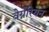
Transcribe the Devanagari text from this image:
वेग्नेरियन